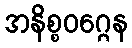
အနိစ္စဝဂ္ဂေန